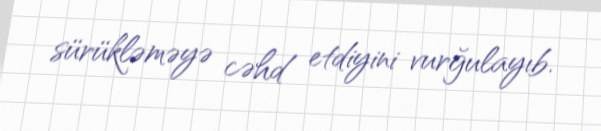
sürükləməyə cəhd etdiyini vurğulayıb.